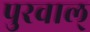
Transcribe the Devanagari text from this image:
पुरवाल्